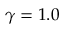
\gamma = 1 . 0